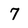
Character: 7